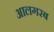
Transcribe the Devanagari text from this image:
आलगरब